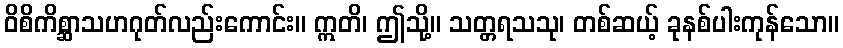
ဝိစိကိစ္ဆာသဟဂုတ်လည်းကောင်း။ ဣတိ၊ ဤသို့။ သတ္တရသသု၊ တစ်ဆယ့် ခုနစ်ပါးကုန်သော။